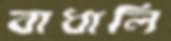
বাধালি